Vaccination in Bombay 1924-1928 - 1924-1928
Year: 1924
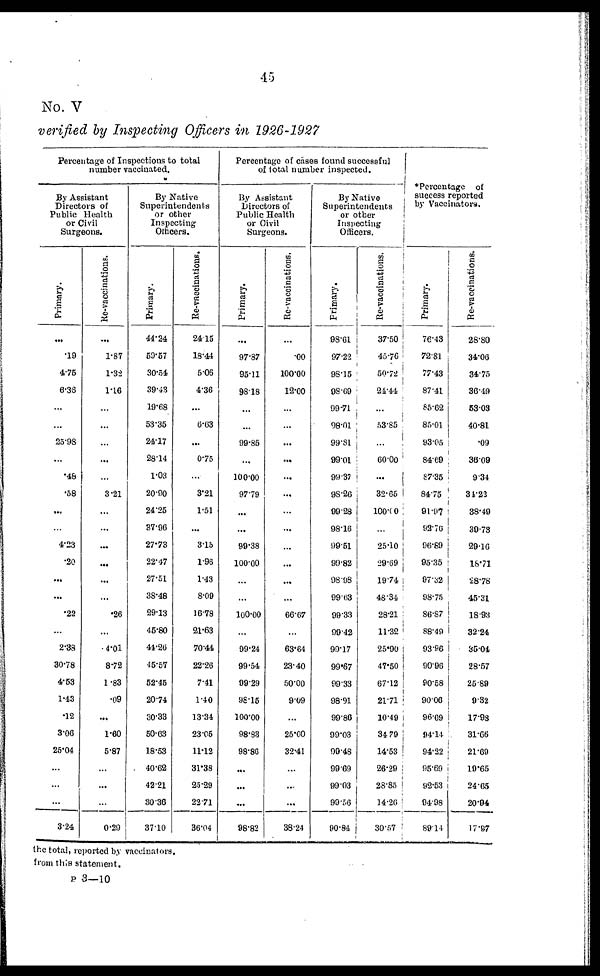
45
No. V
verified by Inspecting Officers in 1926-1927
Percentage of Inspections to total
number vaccinated.
By Assistant
Directors of
Public Health
or Civil
Surgeons.
Primary.
...
.19
4.75
6.36
...
...
25.98
...
.48
.58
...
...
4.23
.20
...
...
.22
...
2.38
30.78
4.53
1.43
.12
3.06
25.04
...
...
...
3.24
Re-vaccinations.
...
1.87
1.32
1.16
...
...
...
...
...
3.21
...
...
...
...
...
...
.26
...
4.01
8.72
1.83
.09
...
1.60
5.87
...
...
...
0.29
By Native
Superintendents
or other
Inspecting
Officers.
Primary.
44.24
59.67
30.54
39.43
19.68
53.35
24.17
28.14
1.03
20.90
24.25
37.96
27.73
22.47
27.51
38.48
29.13
45.80
44.26
45.57
52.45
20.74
30.33
50.63
18.53
40.62
42.21
30.36
37.10
Re-vaccinations.
24.15
18.44
5.06
4.36
...
6.63
...
0.75
...
3.21
1.51
...
3.15
1.96
1.43
8.09
16.78
21.63
70.44
22.26
7.41
1.40
13.34
23.05
11.12
31.38
25.29
22.71
36.04
Percentage of cases found successful
of total number inspected.
By Assistant
Directors of
Public Health
or Civil
Surgeons.
Primary.
...
97.87
95.11
98.18
...
...
99.85
...
100.00
97.79
...
...
99.38
100.00
...
...
100.00
...
99.24
99.54
99.29
98.15
100.00
98.83
98.86
...
...
...
98.82
Re-vaccinations.
...
.00
100.00
12.00
...
...
...
...
...
...
...
...
...
...
...
...
66.67
...
63.64
23.40
50.00
9.09
...
25.00
32.41
...
...
...
38.24
By Native
Superintendents
or other
Inspecting
Officers.
Primary.
98.61
97.22
98.15
98.69
99.71
98.01
99.81
9901
99.37
98.26
99.28
98.16
99.51
99.82
98.98
99.63
99.33
99.42
99.17
99.67
99.33
98.91
99.86
99.03
99.48
99..9
99.03
99.56
90.84
Re-vaccinations.
37.50
45.76
50.72
24.44
...
53.85
...
60.00
...
32.65
100.00
...
25.10
29.69
19.74
46.34
28.21
11.32
25.90
47.50
67.12
21.71
10.49
34.79
14.53
26.29
28.85
14.26
30.57
*Percentage of
success reported
by Vaccinators.
Primary.
76.43
72.81
77.43
87.41
85.62
85.01
93.05
84.69
87.35
84.75
91.97
92.76
96.89
95.35
97.32
98.75
86.87
88.49
93.96
90.96
90.58
90.06
96.69
94.14
94.22
95.69
92.53
94.98
89.14
Re-vaccinations.
28.80
34.06
34.75
36.49
53.03
40.81
.09
36.09
9.34
34.22
38.49
39.73
29.16
18.71
28.78
45.31
18.93
32.24
35.04
28.57
25.89
9.32
17.98
31.66
21.69
19.65
24.65
20.94
17.87
the total, reported by vaccinators.
from this statement.
P 3—10